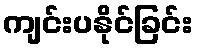
ကျင်းပနိုင်ခြင်း